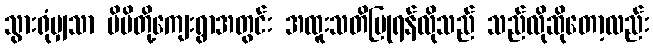
သွားရုံမျှသာ မိမိတို့ကျေးရွာအတွင်း အထူးသတိပြုရန်လိုသည် သည်လိုဆိုတော့လည်း